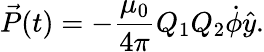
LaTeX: \vec{P}(t)=-\frac{\mu_{0}}{4\pi}Q_{1}Q_{2}\dot{\phi}\hat{y}.